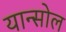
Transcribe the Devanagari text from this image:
यान्सोल